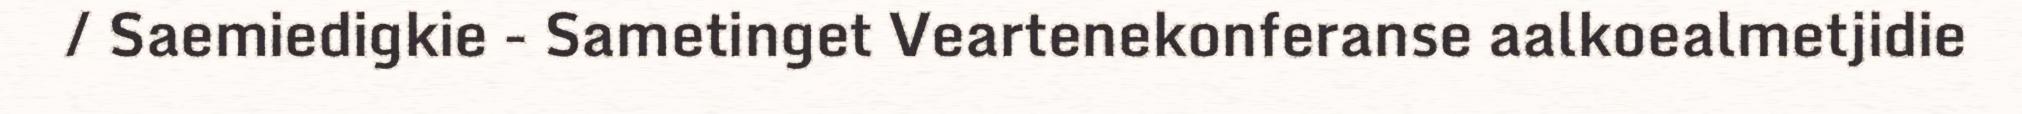
/ Saemiedigkie - Sametinget Veartenekonferanse aalkoealmetjidie